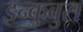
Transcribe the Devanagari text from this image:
इन्कुबुस